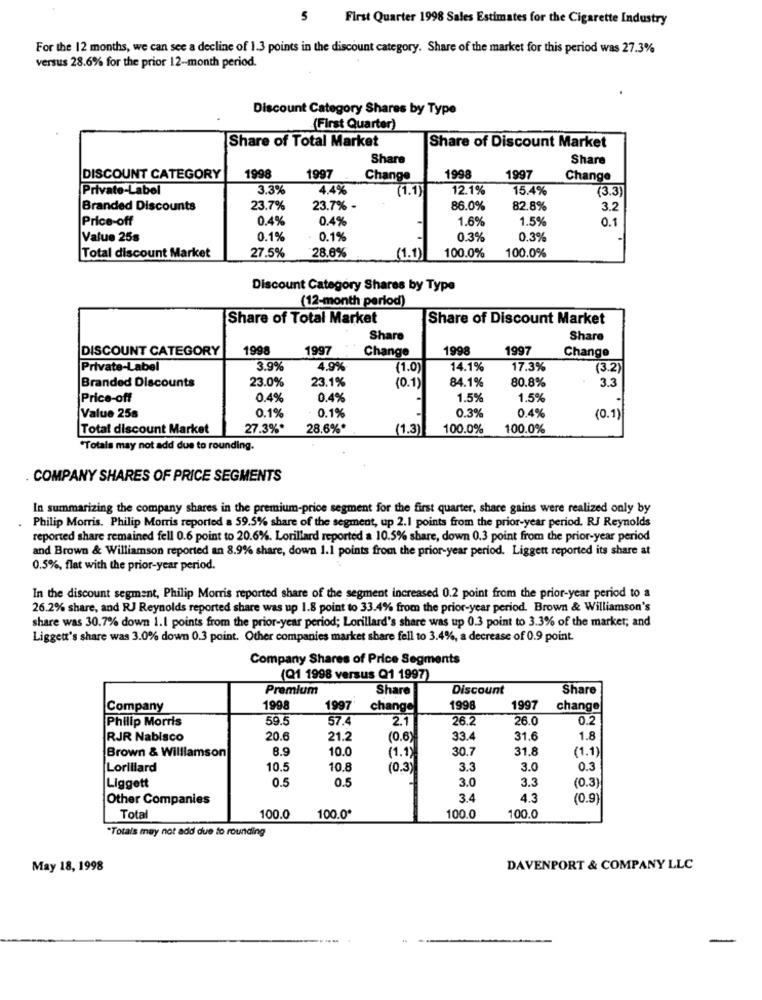
5
First Quarter 1998 Sales Estimates for the Cigarette Industry
For the 12 months, we can see a decline of 1.3 points in the discount category. Share of the market for this period was 27.3%
versus 28.6% for the prior 12-month period.
Discount Category Shares by Type
(First Quarter)
Share of Total Market
Share of Discount Market
Share
Share
DISCOUNT CATEGORY
1998
1997 .
Change
1998
1997
Change
Private-Label
3.3%
4.4%
(1.1)
12.1%
15.4%
(3.3)
Branded Discounts
23.7%
23.7% -
86.0%
82.8%
3.2
Price-off
0.4%
0.4%
1.6%
1.5%
0.1
Value 25s
0.1%
0.1%
0.3%
0.3%
27.5%
28.6%
Total discount Market
(1.1)
100.0%
100.0%
Discount Category Shares by Type
(12-month period)
Share of Total Market
Share of Discount Market
Share
Share
DISCOUNT CATEGORY
1998
1997
Change
1998
1997
Change
Private-Label
3.9%
4.9%
(1.0)
14.1%
17.3%
(3.2)
Branded Discounts
23.0%
23.1%
84.1%
80.8%
3.3
(0.1)
Price-off
0.4%
0.4%
1.5%
1.5%
0.1%
0.3%
Value 25s
0.1%
0.4%
(0.1)
Total discount Market
27.3%*
28.6%*
(1.3)
100.0%
100.0%
Totals may not add dus to rounding.
COMPANY SHARES OF PRICE SEGMENTS
In summarizing the company shares in the premium-price segment for the first quarter, share gains were realized only by
Philip Morris. Philip Morris reported a 59.5% share of the segment, up 2.1 points from the prior-year period. RJ Reynolds
reported share remained fell 0.6 point to 20.6%. Lorillard reported a 10.5% share, down 0.3 point from the prior-year period
and Brown & Williamson reported an 8.9% share, down 1.1 points from the prior-year period. Liggett reported its share at
0.5%, flat with the prior-year period.
In the discount segment, Philip Morris reported share of the segment increased 0.2 point from the prior-year period to a
26.2% share, and RJ Reynolds reported share was up 1.8 point to 33.4% from the prior-year period. Brown & Williamson's
share was 30.7% down 1.1 points from the prior-year period; Lorillard's share was up 0.3 point to 3.3% of the market; and
Ligget's share was 3.0% down 0.3 point. Other companies market share fell to 3.4%, a decrease of 0.9 point.
Company Shares of Price Segments
(Q1 1998 versus Q1 1997)
Premium
Share
Discount
Share
Company
1998
1997
change
1998
1997
change
Philip Morris
59.5
57.4
2.1
26.2
26.0
0.2
RJR Nabisco
20.6
21.2
(0.6)
33.4
31.6
1.8
8.9
10.0
(1.1)
30.7
31.8
(1.1)
Brown & Williamson
Lorillard
10.5
10.8
(0.3)
3.3
3.0
0.3
0.5
0.5
3.0
3.3
(0.3
Liggett
Other Companies
3.4
4.3
(0.9)
100.0
Total
100.0
100.0º
100.0
"Totals may not add due to rounding
May 18, 1998
DAVENPORT & COMPANY LLC